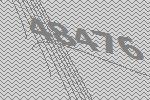
48476